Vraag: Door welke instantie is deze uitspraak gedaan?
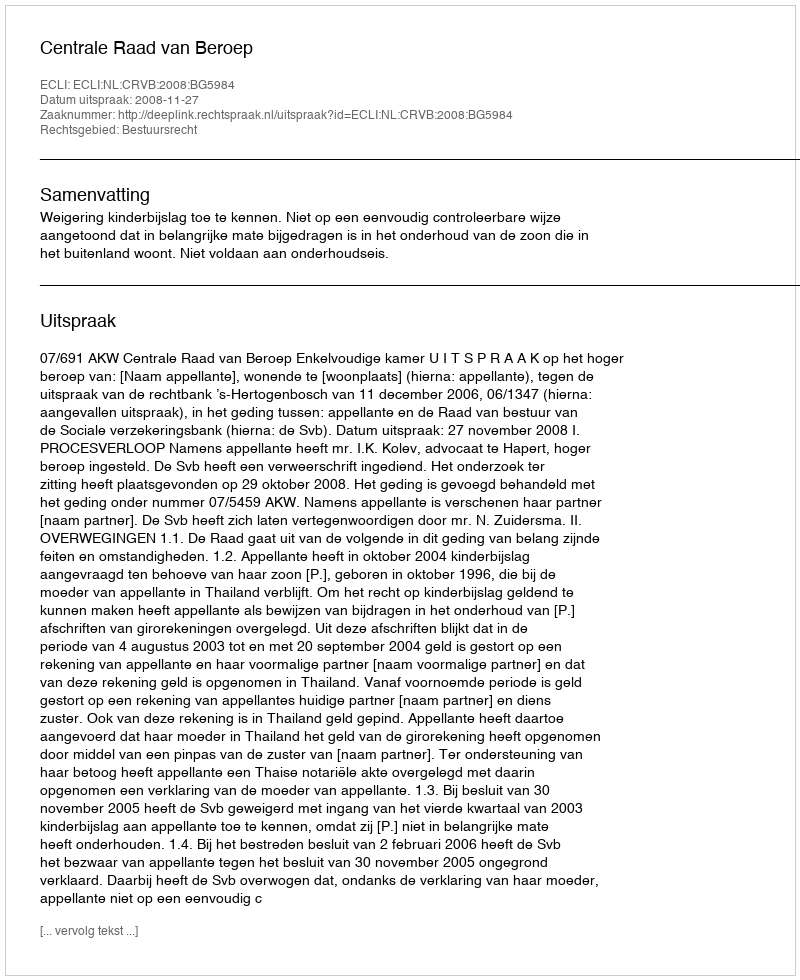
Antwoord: Centrale Raad van Beroep